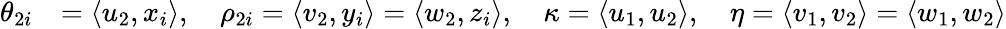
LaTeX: \begin{array}{rl}{\theta_{2i}}&{=\langle u_{2},x_{i}\rangle,\quad\rho_{2i}=\langle v_{2},y_{i}\rangle=\langle w_{2},z_{i}\rangle,\quad\kappa=\langle u_{1},u_{2}\rangle,\quad\eta=\langle v_{1},v_{2}\rangle=\langle w_{1},w_{2}\rangle}\end{array}